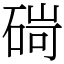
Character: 碋